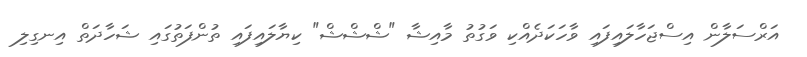
އަރްސަލާން އިސްޖަހާލައިފައި ވާހަކަދެއްކި ވަގުތު މާއިޝާ "ޝްޝްޝް" ކިޔާލައިފައި ތުންފަތުގައި ޝަހާދަތް އިނގިލި